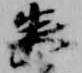
巻